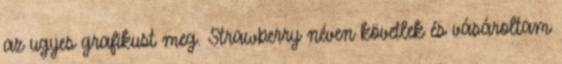
az ugyes grafikust meg. Strawberry néven követlek és vásároltam